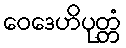
ဝေဒေဟိပုတ္တံ